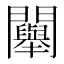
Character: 𨷯